Vaccine operations Central Provinces & Berar 1922-1929 - 1922-1929
Year: 1922
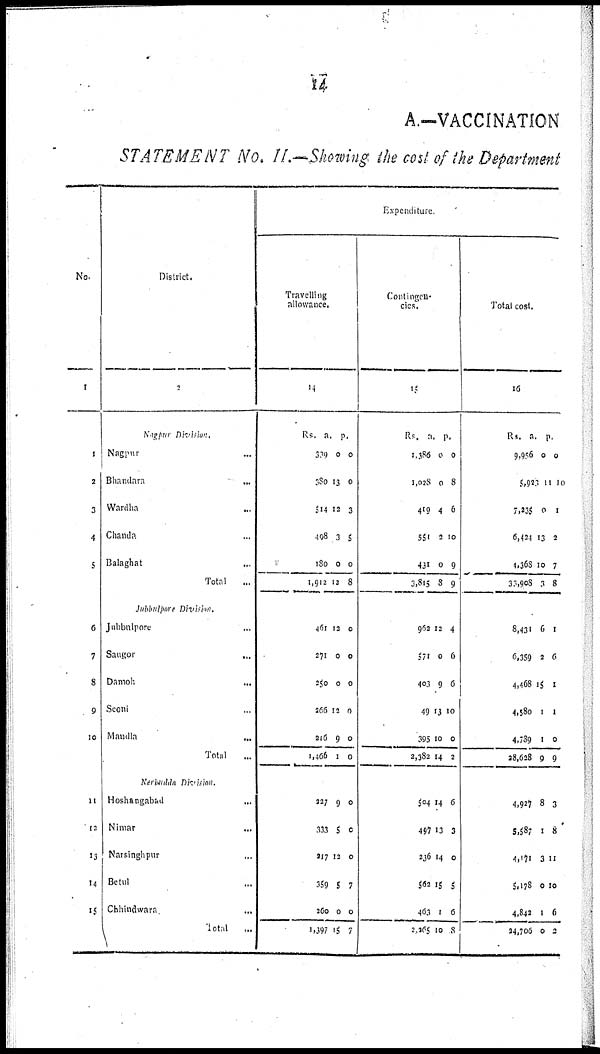
14
A.—VACCINATION
STATEMENT No. II.—Showing the cost of the Department
No.
1
1
2
3
4
5
6
7
8
9
10
11
12
13
14
15
District.
2
Nagpur Division.
Nagpur ...
Bhamdara ...
Wardha
...
Chanda ...
Balaghat ...
Total
...
Jubbulpore Division.
Jubbulpore ...
Saugor ...
Damoh ...
Seoni ...
Mandla
...
Total ...
Nerbudda Division.
Hoshangabad
...
Nimar ...
Narsinghpur ...
Betul ...
Chhindwara ...
Total ...
Expenditure
Travelling
allowance.
14
Rs.
339
380
514
498
180
1,912
a.
0
13
12
3
0
12
p.
0
0
3
5
0
8
461
271
250
266
216
1,466
12
0
0
12
9
1
0
0
0
0
0
0
227
333
217
359
260
1,397
9
5
12
5
0
15
0
0
0
7
0
7
Contingen-
cies.
15
Rs.
1,386
1,028
419
551
431
3,815
a.
0
0
4
2
0
8
p.
0
8
6
10
9
9
962
571
403
49
395
2,382
12
0
9
13
10
14
4
6
6
10
0
2
504
497
236
562
463
2,265
14
13
14
15
1
10
6
3
0
5
6
8
Total cost.
16
Rs.
9,956
5,923
7,235
6,424
4,368
33,908
a.
0
11
0
13
10
3
p.
0
10
1
2
7
8
8,431
6,359
4,468
4,580
4,789
28,628
6
2
15
1
1
9
1
6
1
1
0
9
4,927
5,587
4,171
5,178
4,842
24,706
8
1
3
0
1
0
3
8
11
10
6
2